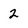
Character: 2